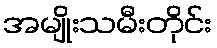
အမျိုးသမီးတိုင်း